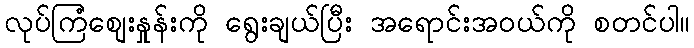
လုပ်ကြံစျေးနှုန်းကို ရွေးချယ်ပြီး အရောင်းအ၀ယ်ကို စတင်ပါ။